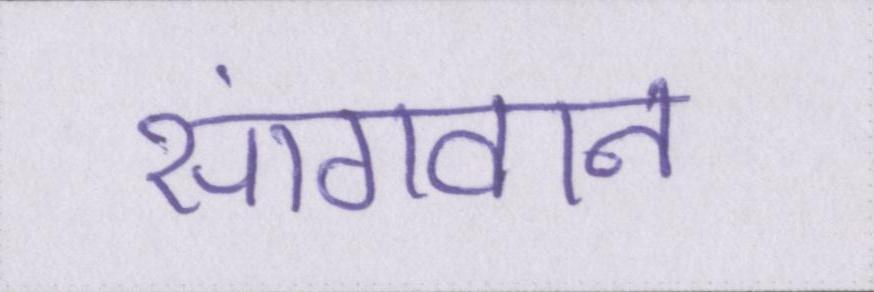
सांगवान